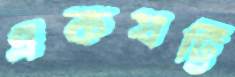
একষট্টি